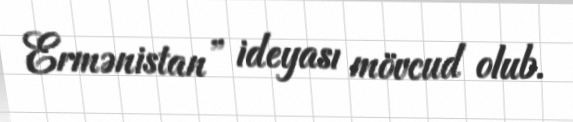
Ermənistan” ideyası mövcud olub.